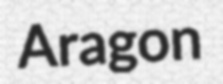
Aragon